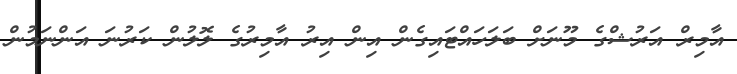
އާމިރް އަރުޝްގެ މޫނަށް ބަލަހައްޓައިގެން އިން އިރު އާމިރުގެ ލޮލުން ކަރުނަ އަންނަމުން